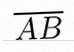
\overline{AB}